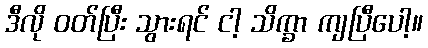
ဒီလို ဝတ်ပြီး သွားရင် ငါ့ သိက္ခာ ကျပြီပေါ့။